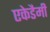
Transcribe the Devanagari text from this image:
एकेडैमी